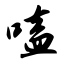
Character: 嗑